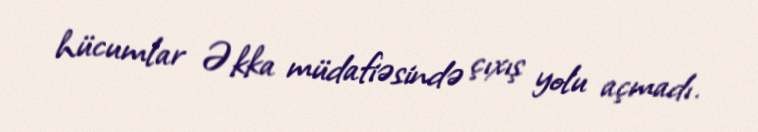
hücumlar Əkka müdafiəsində çıxış yolu açmadı.